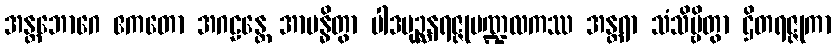
အန္တဘောဂေ ဧကတော အဂဠန္တေ အာဗန္ဓိတွာ ပါဒပုဉ္ဆနရဇ္ဇုမဏ္ဍလကဿ အန္တရာ သံသိဗ္ဗိတွာ ဌိတရဇ္ဇုကာ